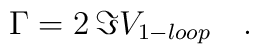
\Gamma=2\,\Im V_{1-loop}\quad.